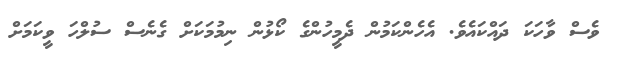
ވެސް ވާހަކަ ދައްކައެވެ. އެހެންކަމުން ދެމީހުންގެ ކޯޅުން ނިމުމަކަށް ގެނެސް ސުލްހަ ވީކަމަށް